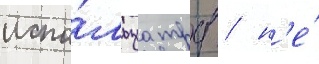
испо́льзуа трд / н'е́